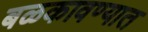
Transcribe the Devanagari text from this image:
बळकावण्यात